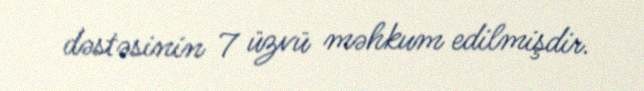
dəstəsinin 7 üzvü məhkum edilmişdir.